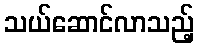
သယ်ဆောင်လာသည့်